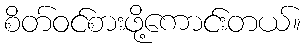
စိတ်ဝင်စားဖို့ကောင်းတယ်။